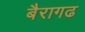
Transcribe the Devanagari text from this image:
बैरागढ